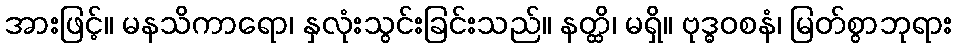
အားဖြင့်။ မနသိကာရော၊ နှလုံးသွင်းခြင်းသည်။ နတ္ထိ၊ မရှိ။ ဗုဒ္ဓဝစနံ၊ မြတ်စွာဘုရား